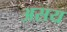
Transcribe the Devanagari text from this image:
असय